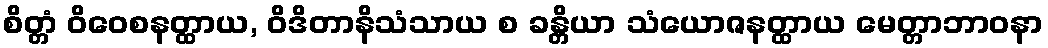
စိတ္တံ ဝိဝေစနတ္ထာယ, ဝိဒိတာနိသံသာယ စ ခန္တိယာ သံယောဇနတ္ထာယ မေတ္တာဘာဝနာ